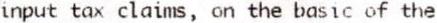
INPUT TAX CLAIMS, ON THE BASIC OF THE